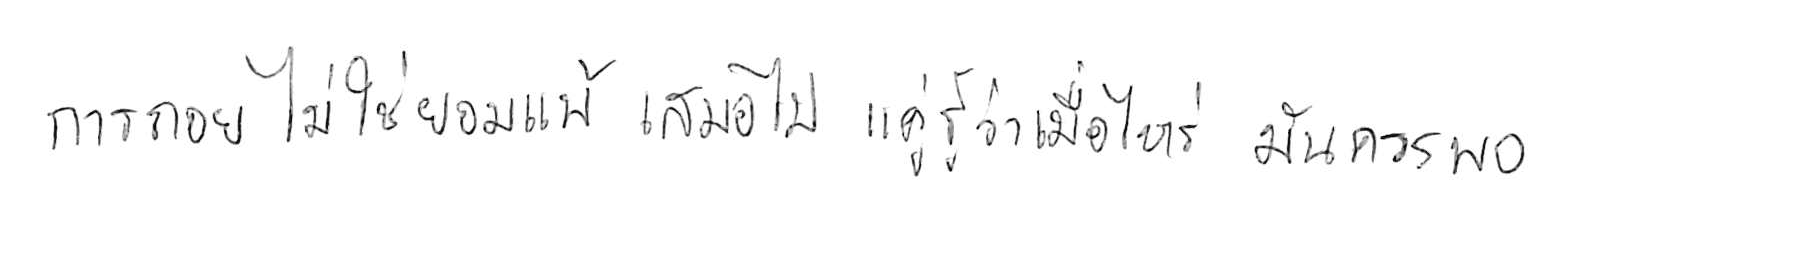
การถอย ไม่ใช่ยอมแพ้ เสมอไป แค่รู้ว่าเมื่อไหร่ มันควรพอ